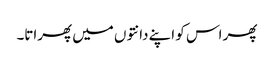
پھر اس کو اپنے دانتوں میں پھراتا۔